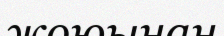
жоюынан